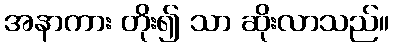
အနာကား တိုး၍ သာ ဆိုးလာသည်။